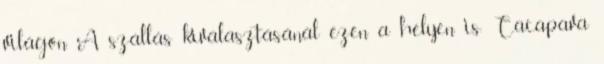
világon. A szállás kiválasztásánál ezen a helyen is: Caçapava